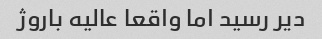
دیر رسید اما واقعا عالیه باروژ